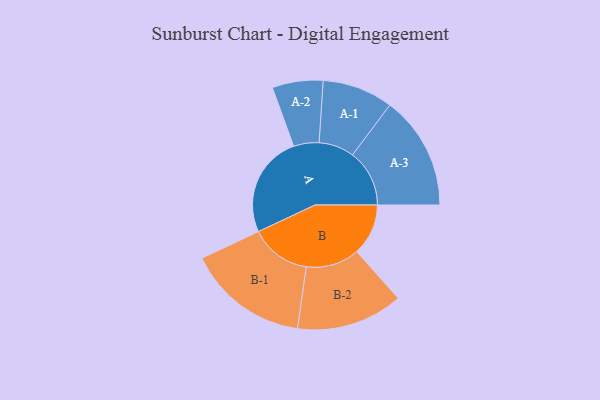
{"axis": {"x": "Segment", "y": "Value"}, "legend": ["", "A", "B"], "data": [{"x": "A", "y": 478, "type": ""}, {"x": "B", "y": 242, "type": ""}, {"x": "A-1", "y": 166, "type": "A"}, {"x": "A-2", "y": 119, "type": "A"}, {"x": "A-3", "y": 267, "type": "A"}, {"x": "B-1", "y": 285, "type": "B"}, {"x": "B-2", "y": 250, "type": "B"}]}